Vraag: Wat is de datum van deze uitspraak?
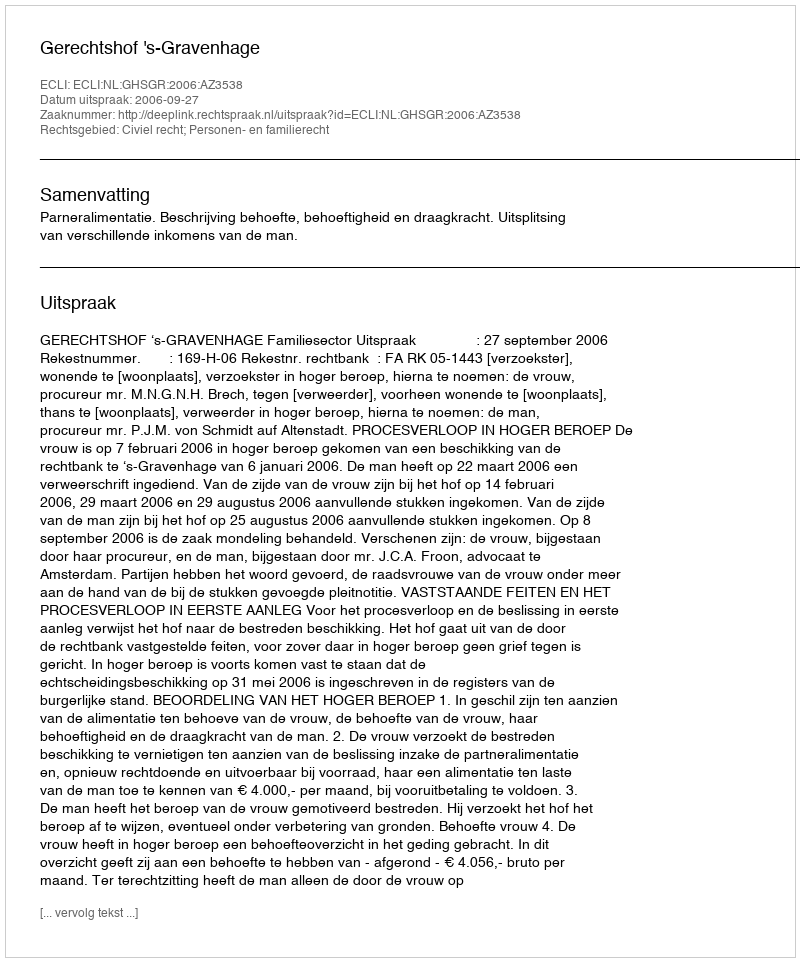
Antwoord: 2006-09-27